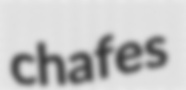
chafes